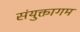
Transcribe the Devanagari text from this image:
संयुक्तागम